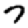
Digit: 7